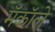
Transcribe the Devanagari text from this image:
मॅकॉले